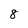
Character: 8